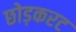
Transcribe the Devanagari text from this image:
छोड़करट